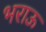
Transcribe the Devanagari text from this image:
भराऊ